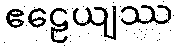
ဧဠေယျဿ